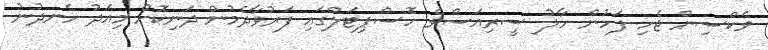
ވެކްސިން ޖެހި ފަހުން ހާލު ސީރިއަސްވެ ހޮސްޕިޓަލްގައި ފަރުވާދެމުން ދަނިކޮށް މިއަދު ހެނދުނު